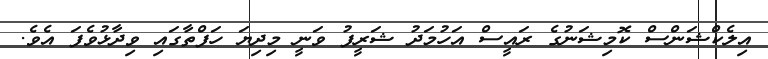
އިލެކްޝަންސް ކޮމިޝަނުގެ ރައީސް އަހުމަދު ޝަރީފު ވަނީ މިދިޔަ ހަފްތާގައި ވިދާޅުވެފަ އެވެ.